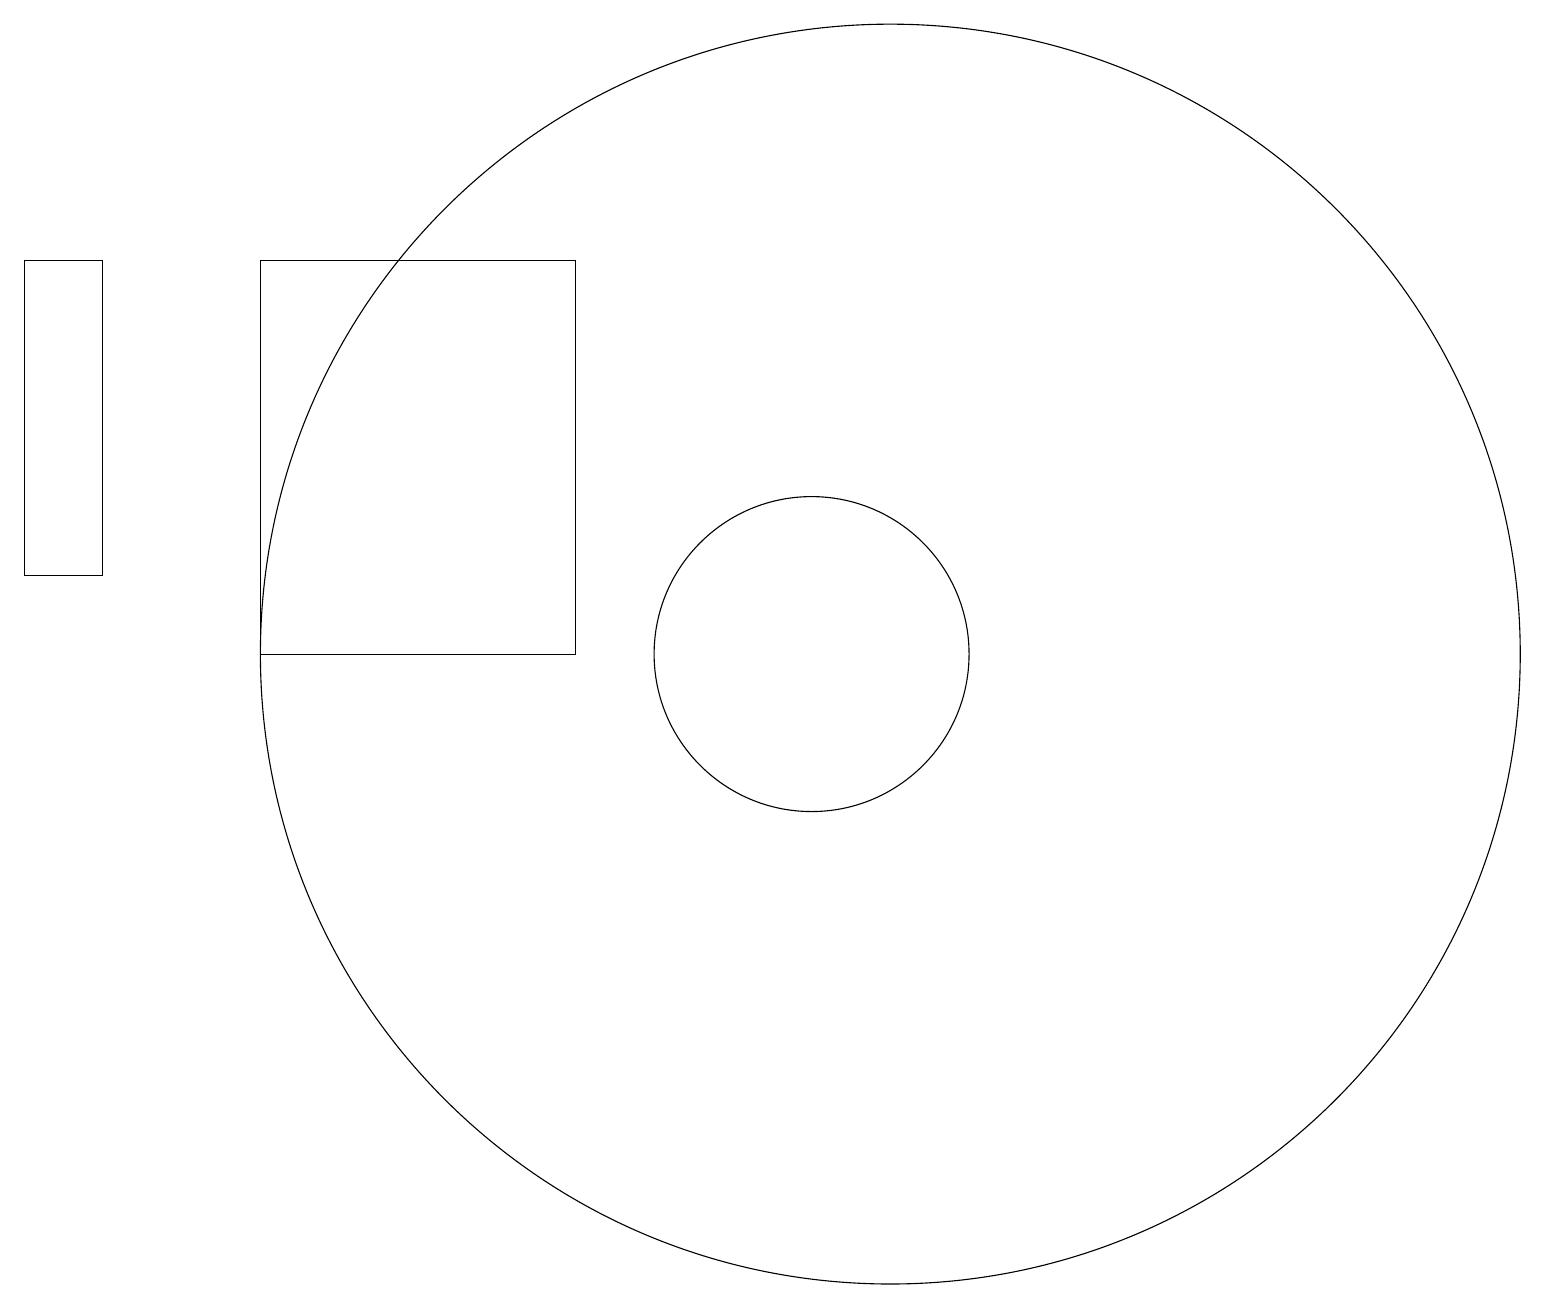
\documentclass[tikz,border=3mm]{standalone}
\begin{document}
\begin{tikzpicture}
\draw (8,15) rectangle (4,10);
\draw (1,11) rectangle (2,15);
\draw (12,10) circle (8);
\draw (11,10) circle (2);
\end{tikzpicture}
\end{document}